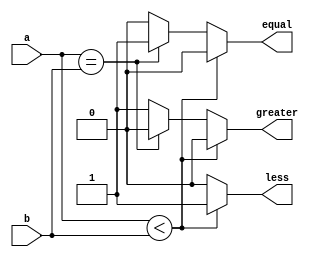
module comparator_4bit(input [3:0]a,b,output less,equal,greater);
reg less,equal,greater;
always@(a or b)
begin
if(a<b)
begin
  less=1;
  equal=0;
  greater=0;
end
 else if(a==b)
 begin
   less=0;
   equal=1;
   greater=0;
  end
  else 
  begin
   less=0;
   equal=0;
   greater=1;
   end
 end
endmodule